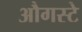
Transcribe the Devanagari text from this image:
औगस्टे